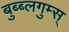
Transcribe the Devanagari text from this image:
बुब्ब्लगुम्स्